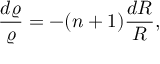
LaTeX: \frac { d \varrho } { \varrho } = - ( n + 1 ) \frac { d { \cal R } } { \cal R } ,